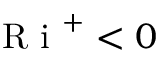
\textrm { R i } ^ { + } < 0